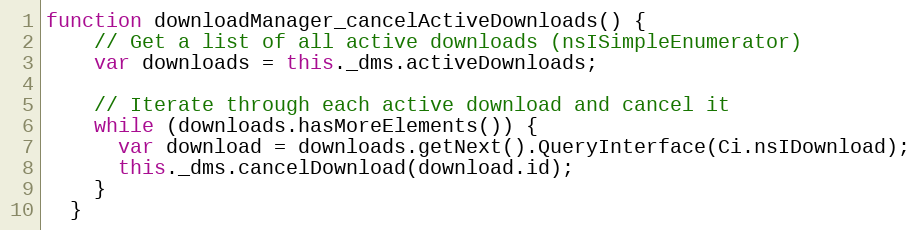
Language: JavaScript
function downloadManager_cancelActiveDownloads() {
    // Get a list of all active downloads (nsISimpleEnumerator)
    var downloads = this._dms.activeDownloads;

    // Iterate through each active download and cancel it
    while (downloads.hasMoreElements()) {
      var download = downloads.getNext().QueryInterface(Ci.nsIDownload);
      this._dms.cancelDownload(download.id);
    }
  }